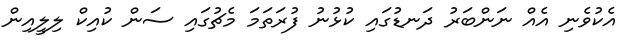
އެކުވެނި އެއް ނަންބަރު ދަނޑުގައި ކުޅުނު ފުރަތަމަ މެޗުގައި ސަން ކުއިކް ލިލީއިން